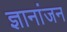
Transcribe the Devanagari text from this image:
ज्ञानांजन